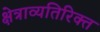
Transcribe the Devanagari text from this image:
क्षेत्राव्यतिरिक्त